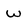
Character: w